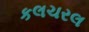
કલચરલ